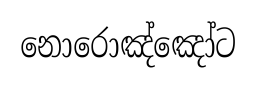
නොරොඤ්ඤෝට